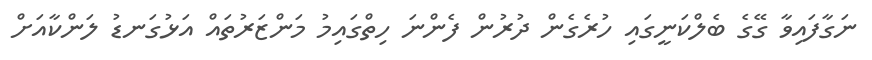
ނަގާފައިވާ ގޭގެ ބެލްކަނީގައި ހުރެގެން ދުރުން ފެންނަ ހިތްގައިމު މަންޒަރުތައް އަޅުގަނޑު ލަންކާއަށް